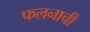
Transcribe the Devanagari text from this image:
फलनाची